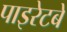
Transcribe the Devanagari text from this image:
पाइरेटबे